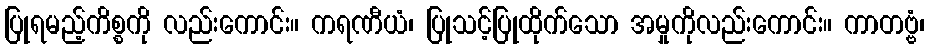
ပြုရမည့်ကိစ္စကို လည်းကောင်း။ ကရဏီယံ၊ ပြုသင့်ပြုထိုက်သော အမှုကိုလည်းကောင်း။ ကာတဗ္ဗံ၊